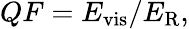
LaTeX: \begin{array}{r}{QF=E_{\mathrm{vis}}/E_{\mathrm{R}},}\end{array}